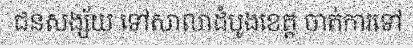
ជនសង្ស័យ ទៅសាលាដំបូងខេត្ត ចាត់ការទៅ